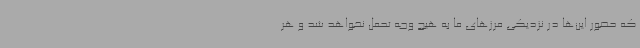
که حضور این‌ها در نزدیکی مرزهای ما به هیچ وجه تحمل نخواهد شد و هر